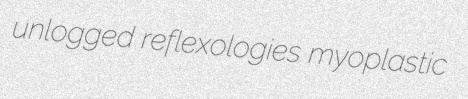
unlogged reflexologies myoplastic